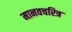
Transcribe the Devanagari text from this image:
मानवचरित्र